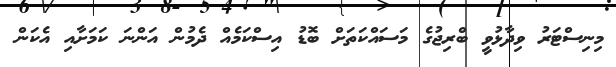
މިނިސްޓަރު ވިދާޅުވީ ބްރިޖުގެ މަސައްކަތަށް ބޮޑު އިސްކަމެއް ދެމުން އަންނަ ކަމަށާއި އެކަން